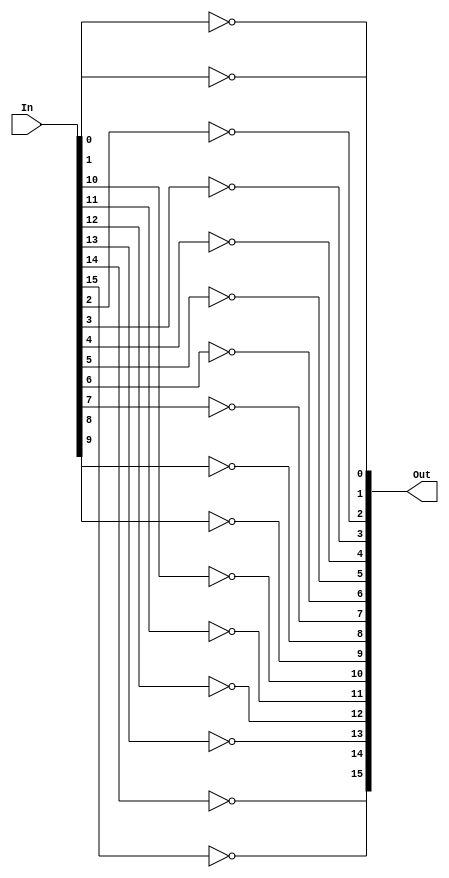
// Copyright (C) 1991-2013 Altera Corporation
// Your use of Altera Corporation's design tools, logic functions 
// and other software and tools, and its AMPP partner logic 
// functions, and any output files from any of the foregoing 
// (including device programming or simulation files), and any 
// associated documentation or information are expressly subject 
// to the terms and conditions of the Altera Program License 
// Subscription Agreement, Altera MegaCore Function License 
// Agreement, or other applicable license agreement, including, 
// without limitation, that your use is for the sole purpose of 
// programming logic devices manufactured by Altera and sold by 
// Altera or its authorized distributors.  Please refer to the 
// applicable agreement for further details.

// PROGRAM		"Quartus II 64-Bit"
// VERSION		"Version 13.0.1 Build 232 06/12/2013 Service Pack 1 SJ Web Edition"
// CREATED		"Tue Mar 07 00:52:16 2017"

module Not_16bit(
	In,
	Out
);


input wire	[15:0] In;
output wire	[15:0] Out;

wire	[15:0] Out_ALTERA_SYNTHESIZED;




assign	Out_ALTERA_SYNTHESIZED[0] =  ~In[0];

assign	Out_ALTERA_SYNTHESIZED[1] =  ~In[1];

assign	Out_ALTERA_SYNTHESIZED[10] =  ~In[10];

assign	Out_ALTERA_SYNTHESIZED[11] =  ~In[11];

assign	Out_ALTERA_SYNTHESIZED[12] =  ~In[12];

assign	Out_ALTERA_SYNTHESIZED[13] =  ~In[13];

assign	Out_ALTERA_SYNTHESIZED[14] =  ~In[14];

assign	Out_ALTERA_SYNTHESIZED[15] =  ~In[15];

assign	Out_ALTERA_SYNTHESIZED[2] =  ~In[2];

assign	Out_ALTERA_SYNTHESIZED[3] =  ~In[3];

assign	Out_ALTERA_SYNTHESIZED[4] =  ~In[4];

assign	Out_ALTERA_SYNTHESIZED[5] =  ~In[5];

assign	Out_ALTERA_SYNTHESIZED[6] =  ~In[6];

assign	Out_ALTERA_SYNTHESIZED[7] =  ~In[7];

assign	Out_ALTERA_SYNTHESIZED[8] =  ~In[8];

assign	Out_ALTERA_SYNTHESIZED[9] =  ~In[9];

assign	Out = Out_ALTERA_SYNTHESIZED;

endmodule